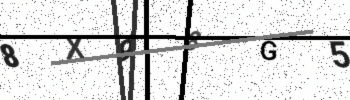
Text: 8X98G5